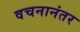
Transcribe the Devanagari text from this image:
वचनानंतर